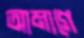
আমাগে